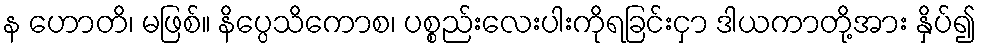
န ဟောတိ၊ မဖြစ်။ နိပ္ပေသိကောစ၊ ပစ္စည်းလေးပါးကိုရခြင်းငှာ ဒါယကာတို့အား နှိပ်၍